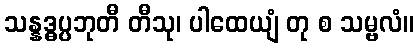
သန္နဒ္ဓပ္ပဘုတီ တီသု၊ ပါထေယျံ တု စ သမ္ဗလံ။